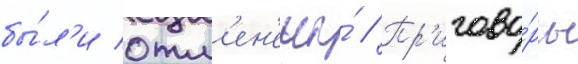
бы́л'и отм'ен'ены́ // Пр'игово́ры